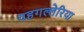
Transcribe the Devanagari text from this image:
वहगल्लेरिया